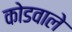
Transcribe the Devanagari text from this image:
कोडवाले